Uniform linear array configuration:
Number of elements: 12
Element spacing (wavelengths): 0.5
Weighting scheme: uniform
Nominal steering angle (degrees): -15
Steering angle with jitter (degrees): -16.921
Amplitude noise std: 0.05
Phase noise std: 0.05

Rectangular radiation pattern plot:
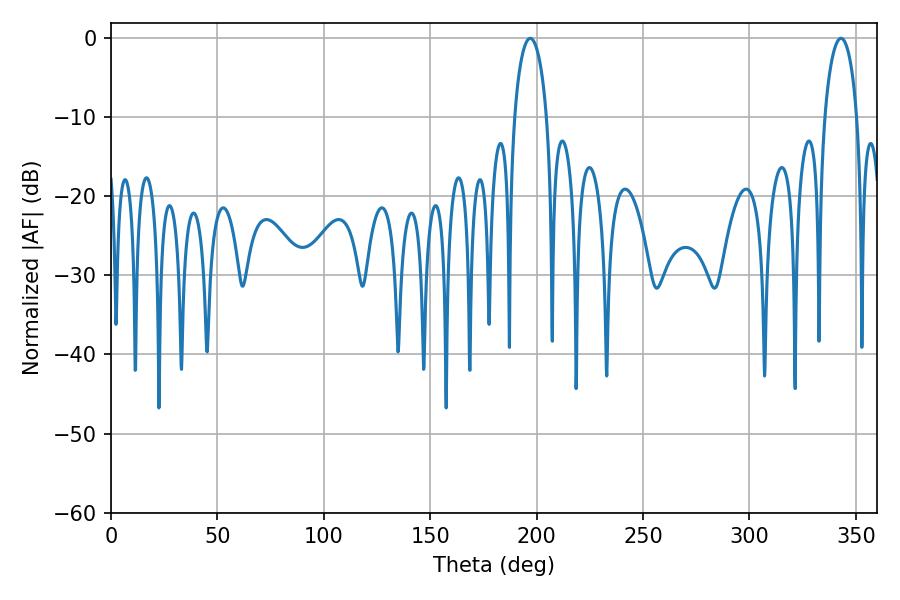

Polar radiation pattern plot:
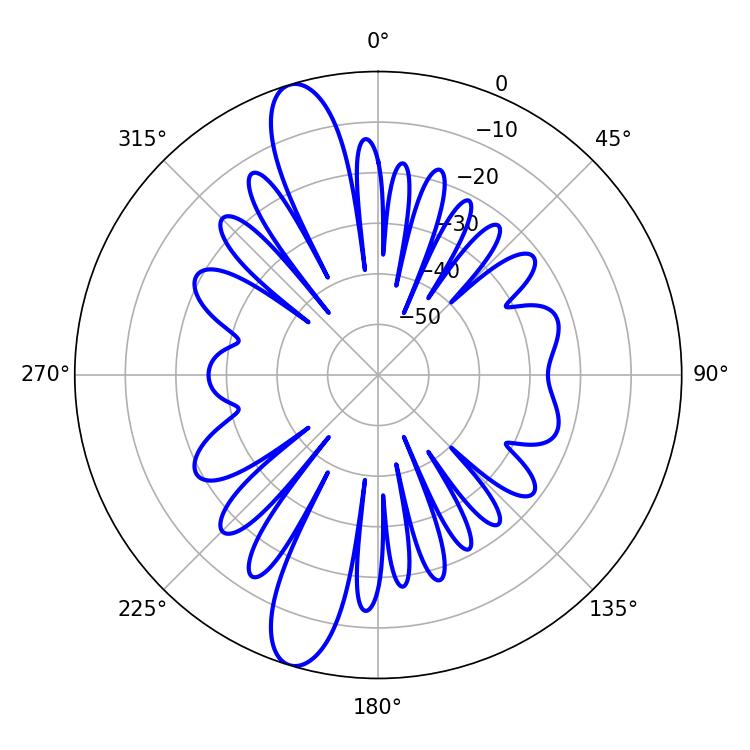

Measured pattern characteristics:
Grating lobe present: FALSE
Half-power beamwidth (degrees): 8.82
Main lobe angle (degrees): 196.92